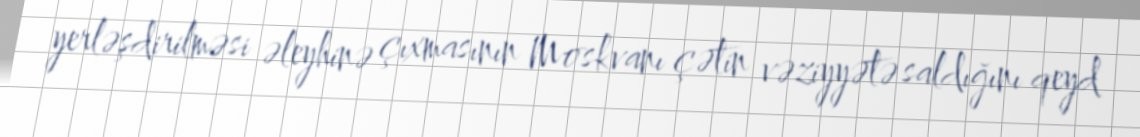
yerləşdirilməsi əleyhinə çıxmasının Moskvanı çətin vəziyyətə saldığını qeyd